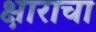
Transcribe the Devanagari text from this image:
क्षाराचा